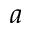
a